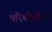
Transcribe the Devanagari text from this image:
परिषदेशीही